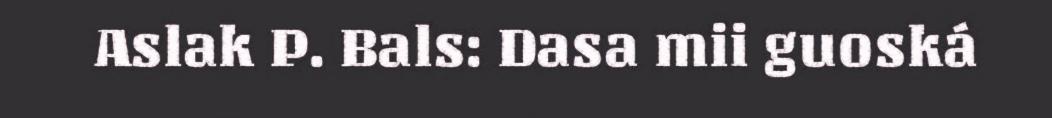
Aslak P. Bals: Dasa mii guoská